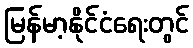
မြန်မာ့နိုင်ငံရေးတွင်